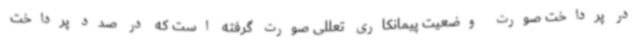
در پرداخت صورت وضعیت پیمانکاری تعللی صورت گرفته است که در صدد پرداخت